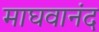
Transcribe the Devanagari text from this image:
माघवानंद